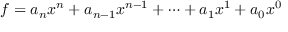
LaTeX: f = a _ { n } x ^ { n } + a _ { n - 1 } x ^ { n - 1 } + \cdots + a _ { 1 } x ^ { 1 } + a _ { 0 } x ^ { 0 }